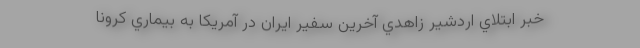
خبر ابتلاي اردشير زاهدي آخرين سفير ايران در آمريكا به بيماري كرونا